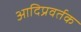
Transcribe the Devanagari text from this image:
आदिप्रवर्तक